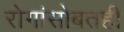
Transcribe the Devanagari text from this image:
रोगांसोबतही